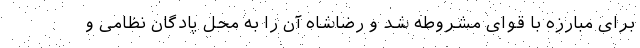
برای مبارزه با قوای مشروطه شد و رضاشاه آن را به محل پادگان نظامی و